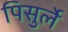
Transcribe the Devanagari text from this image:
पिसुर्ले